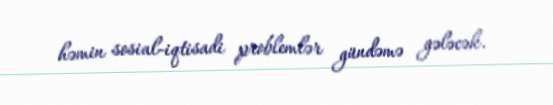
həmin sosial-iqtisadi problemlər gündəmə gələcək.